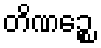
တိဏဉ္စေ